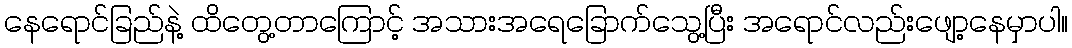
နေရောင်ခြည်နဲ့ ထိတွေ့တာကြောင့် အသားအရေခြောက်သွေ့ပြီး အရောင်လည်းဖျော့နေမှာပါ။